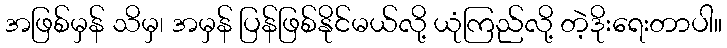
အဖြစ်မှန် သိမှ၊ အမှန် ပြန်ဖြစ်နိုင်မယ်လို့ ယုံကြည်လို့ တဲ့ဒိုးရေးတာပါ။